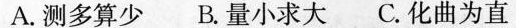
A.测多算少 B.量小求大C.化曲为直